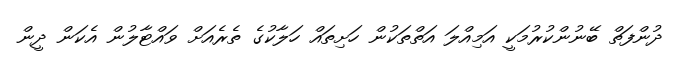
ދުންފަތް ބޭނުންކުރުމަކީ އަމިއްލަ އަތްތަކުން ހަށިތައް ހަލާކުގެ ތެރެއަށް ވައްޓާލުން އެކަން ދީން